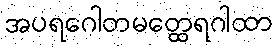
အပရဂေါတမတ္ထေရဂါထာ